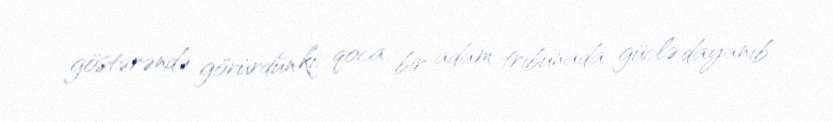
göstərəndə görürdün ki, qoca bir adam tribunada güclə dayanıb.